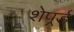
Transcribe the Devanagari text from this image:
शेपर्र्ड